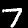
Label: 7